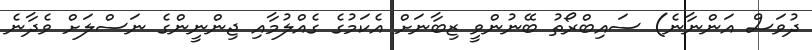
ދުވަސް އަންނާނެ) ސައިބްރޯތު ބޭނުންވީ ޒިބާނަށް އެކަމުގެ ގެއްލުމާއި ޖިންނީންގެ ނަސްލަށް ވެދާނެ